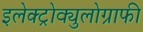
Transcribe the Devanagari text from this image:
इलेक्ट्रोक्युलोग्राफी